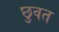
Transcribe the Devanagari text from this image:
छुवत